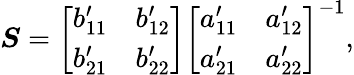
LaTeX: \boldsymbol{S}=\left[\begin{array}{ll}{b_{11}^{\prime}}&{b_{12}^{\prime}}\\ {b_{21}^{\prime}}&{b_{22}^{\prime}}\end{array}\right]\left[\begin{array}{ll}{a_{11}^{\prime}}&{a_{12}^{\prime}}\\ {a_{21}^{\prime}}&{a_{22}^{\prime}}\end{array}\right]^{-1},